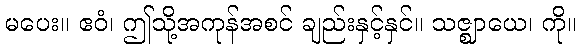
မပေး။ ဧဝံ၊ ဤသို့အကုန်အစင် ချည်းနှင့်နှင်။ သဇ္ဈာယေ၊ ကို။